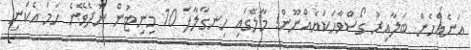
އަނެއްހެން ބަލާއިރު ގޯސްވާހަކަޔެއްނޫން! މާލޭގައި ހިނގާލާފަ 10 މިނިޓުން ނުދެވޭނެ ހަމަ އެކަނި